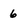
Character: 6